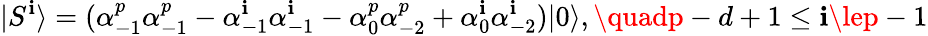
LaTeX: |S^{\mathbf{i}}\rangle=(\alpha_{-1}^{p}\alpha_{-1}^{p}-\alpha_{-1}^{\mathbf{i}}\alpha_{-1}^{\mathbf{i}}-\alpha_{0}^{p}\alpha_{-2}^{p}+\alpha_{0}^{\mathbf{i}}\alpha_{-2}^{\mathbf{i}})|0\rangle,\quadp-d+1\le\mathbf{i}\lep-1